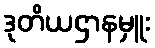
ဒုတိယဌာနမှူး